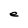
Character: e